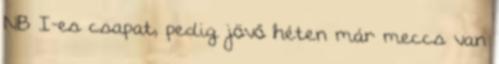
NB I-es csapat, pedig jövő héten már meccs van